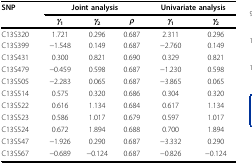
<table><thead><tr><td><b>SNP</b></td><td colspan="3"><b>Joint analysis</b></td><td colspan="2"><b>Univariate analysis</b></td></tr><tr><td></td><td><b><i>γ</i><sub>1</sub></b></td><td><b><i>γ</i><sub>2</sub></b></td><td><b><i>ρ</i></b></td><td><b><i>γ</i><sub>1</sub></b></td><td><b><i>γ</i><sub>2</sub></b></td></tr></thead><tbody><tr><td>C13S320</td><td>1.721</td><td>0.296</td><td>0.687</td><td>2.311</td><td>0.296</td></tr><tr><td>C13S399</td><td>−1.548</td><td>0.149</td><td>0.687</td><td>−2.760</td><td>0.149</td></tr><tr><td>C13S431</td><td>0.300</td><td>0.821</td><td>0.690</td><td>0.329</td><td>0.821</td></tr><tr><td>C13S479</td><td>−0.459</td><td>0.598</td><td>0.687</td><td>−1.230</td><td>0.598</td></tr><tr><td>C13S505</td><td>−2.283</td><td>0.065</td><td>0.687</td><td>−3.865</td><td>0.065</td></tr><tr><td>C13S514</td><td>0.575</td><td>0.320</td><td>0.686</td><td>0.304</td><td>0.320</td></tr><tr><td>C13S522</td><td>0.616</td><td>1.134</td><td>0.684</td><td>0.617</td><td>1.134</td></tr><tr><td>C13S523</td><td>0.586</td><td>1.017</td><td>0.679</td><td>0.597</td><td>1.017</td></tr><tr><td>C13S524</td><td>0.672</td><td>1.894</td><td>0.688</td><td>0.700</td><td>1.894</td></tr><tr><td>C13S547</td><td>−1.926</td><td>0.290</td><td>0.687</td><td>−3.332</td><td>0.290</td></tr><tr><td>C13S567</td><td>−0.689</td><td>−0.124</td><td>0.687</td><td>−0.826</td><td>−0.124</td></tr></tbody></table>